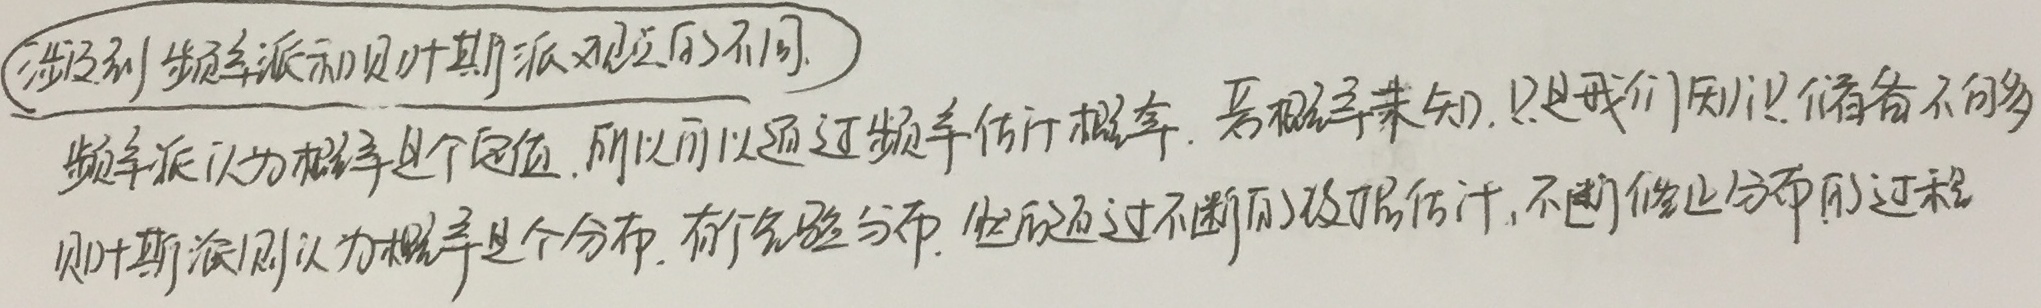
（涉及到频率派和贝叶斯派观点的不同）频率派认为概率是个定值，所以可以通过频率估计概率，去推导未知，只是我们知识储备不够。贝叶斯派则认为概率是个分布，有个先验分布，通过不断的证据估计，不断修正分布的过程 。